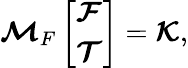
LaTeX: \boldsymbol{\mathcal{M}}_{F}\left[\begin{array}{l}{\boldsymbol{\mathcal{F}}}\\ {\boldsymbol{\mathcal{T}}}\end{array}\right]=\boldsymbol{\mathcal{K}},